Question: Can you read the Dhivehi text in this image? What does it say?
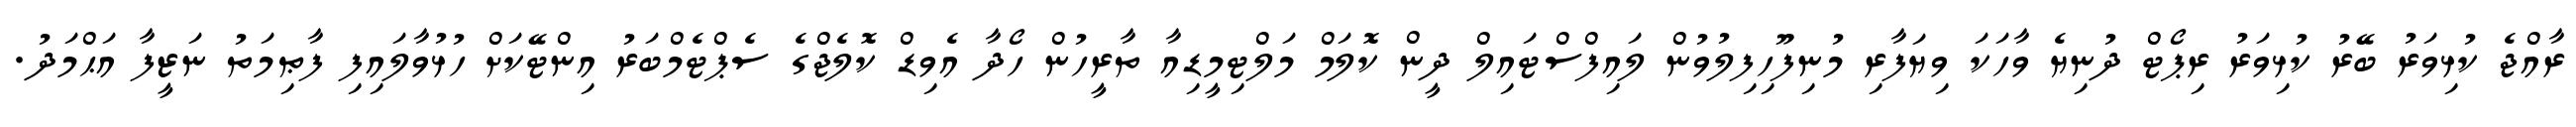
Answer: ރާއްޖެ ކުޅިވަރު ބޭރު ކުޅިވަރު ރިޕޯޓް ދުނިޔެ ވާހަކަ ވިޔަފާރި މުނިފޫހިފިލުވުން ލައިފްސްޓައިލް ދީން ކޮލަމް މަލްޓިމީޑިއާ ތާރީހުން ހޯދާ އެވިޑް ކޮލެޖްގެ ސެޕްޓެމްބަރު އިންޓޭކަށް ހުޅުވާލައިފި ފާޠިމަތު ނަޒީފާ އަޙްމަދު.